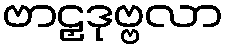
ဗာဠှဒုဗ္ဗလာ